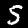
Digit: 5